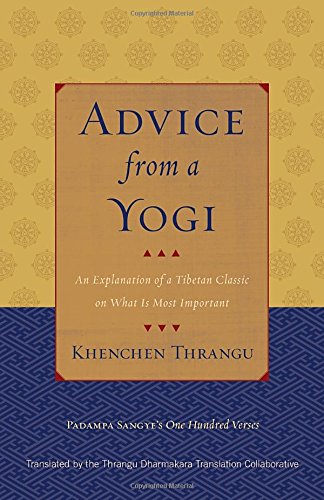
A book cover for Advice from a Yogi: An Explanation of a Tibetan Classic on What Is Most Important; Padampa Sangye; Religion & Spirituality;